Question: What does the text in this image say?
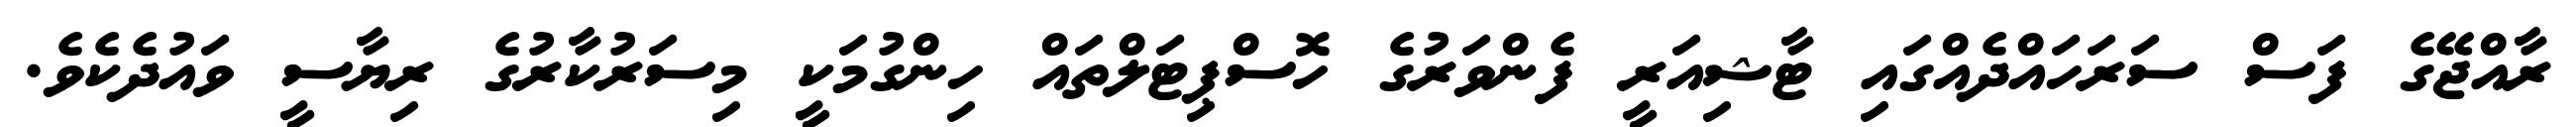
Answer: ރާއްޖޭގެ ފަސް ސަރަހައްދެއްގައި ޓާޝިއަރީ ފެންވަރުގެ ހޮސްޕިޓަލްތައް ހިންގުމަކީ މިސަރުކާރުގެ ރިޔާސީ ވައުދެކެވެ.